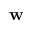
\mathbf { w }